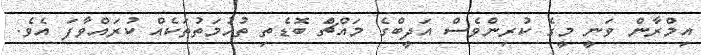
އިމްރާން ވަނީ މީގެ ކުރިންވެސް އަދީބްގެ މައްޗަް ބޮޑެތި ތުހުމަތުތަކެއް ކުރައްވާފަ އެވެ.